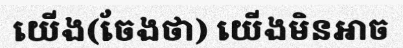
យើង(ចែងថា) យើងមិនអាច